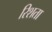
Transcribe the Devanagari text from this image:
रिशता